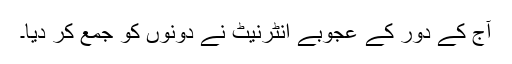
آج کے دور کے عجوبے انٹرنیٹ نے دونوں کو جمع کر دیا۔